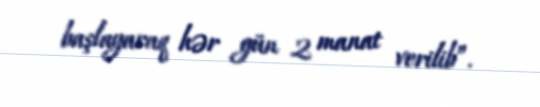
başlayaraq hər gün 2 manat verilib”.